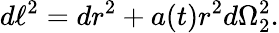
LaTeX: d\ell^{2}=dr^{2}+a(t)r^{2}d\Omega_{2}^{2}.